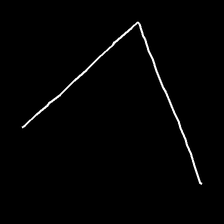
Glyph: region